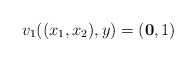
\begin{align*}v_1((x_1,x_2),y)=({\bf 0},1)\end{align*}